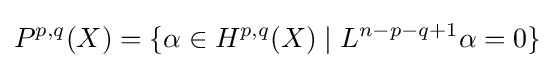
P^{p,q}(X)=\{\alpha \in H^{p,q}(X)\mid L^{n-p-q+1}\alpha =0\}